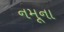
નમૂના